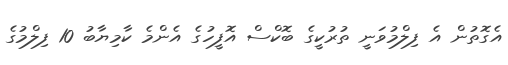
އެގޮތުން އެ ފިލްމުވަނީ ތުރުކީގެ ބޮކްސް އޮފީހުގެ އެންމެ ކާމިޔާބު 10 ފިލްމުގެ